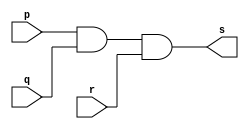
// ------------------------- 
// Exercicio08 - AND 
// Nome: Luhan Mairinck 	 
// ------------------------- 

// ------------------------- 
// -- and gate 
// ------------------------- 

module andgate ( output s, 
                 input p, 
                 input q,
					  input r); 
assign s = p & q & r; 
endmodule // andgate 

// --------------------- 
// -- test and gate 
// --------------------- 

module testandgate; 

// ------------------------- dados locais 
reg a, b, c; // definir registradores 

wire s; // definir conexao (fio) 

// ------------------------- instancia 
andgate AND1 (s, a, b, c); 

// ------------------------- preparacao 
initial begin:start
 
// atribuicao simultanea 
// dos valores iniciais 
a=0; b=0; c=0;
end 

// ------------------------- parte principal 
initial begin 
$display("Exercicio08 - Luhan Mairinck - 446987"); 
$display("Test AND gate"); 
$display("\na & b & c = s\n"); 

a=0; b=0; c=0; 

#1 $display("%b & %b & %b = %b", a, b, c, s); 
a=0; b=0; c=1; 

#1 $display("%b & %b & %b = %b", a, b, c, s); 
a=0; b=1; c=0;
 
#1 $display("%b & %b & %b = %b", a, b, c, s); 
a=0; b=1; c=1;

#1 $display("%b & %b & %b = %b", a, b, c, s); 
a=1; b=0; c=0;

#1 $display("%b & %b & %b = %b", a, b, c, s); 
a=1; b=0; c=1;
 
#1 $display("%b & %b & %b = %b", a, b, c, s); 
a=1; b=1; c=0;

#1 $display("%b & %b & %b = %b", a, b, c, s); 
a=1; b=1; c=1;

#1 $display("%b & %b & %b = %b", a, b, c, s); 

end 
endmodule // testandgate